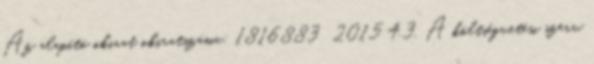
Az alapító okirat okiratszáma: 1816883 2015 4.3. A költségvetési szerv